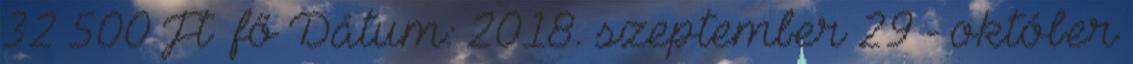
32 500 Ft fő Dátum: 2018. szeptember 29 - október